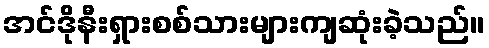
အင်ဒိုနီးရှားစစ်သားများကျဆုံးခဲ့သည်။